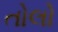
તોલો